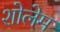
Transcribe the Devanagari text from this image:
शोलेम